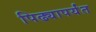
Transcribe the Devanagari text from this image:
पिढ्यापर्यंत